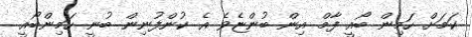
ކަމަށް ހަމިން ބޯއީ ފާމް އިން ބުންޏެވެ އެ ކުންފުނިން ބުނީ ހަމިންބޯއީ